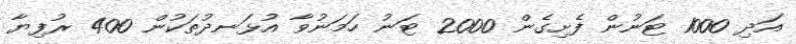
އަދި 1000 ޓަނުން ފެށިގެން 2000 ޓަނު ހަމަނުވާ އުޅަނދުތަކުން 400 ރުފިޔާ